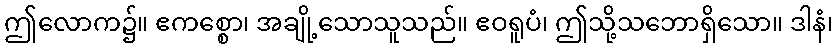
ဤလောက၌။ ဧကစ္စော၊ အချို့သောသူသည်။ ဧဝရူပံ၊ ဤသို့သဘောရှိသော။ ဒါနံ၊